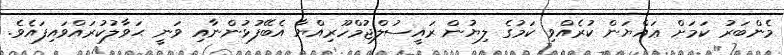
މެންބަރު ކަމަށް ޢައްޔަން ކުރެއްވި ކަމުގެ ލިޔުން ރައީސުލްޖުމްހޫރިއްޔާ އެބޭފުޅުންނާއި ވަނީ ޙަވާލުކުރައްވައިފައެވެ.